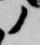
ノ